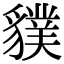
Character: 𧴌